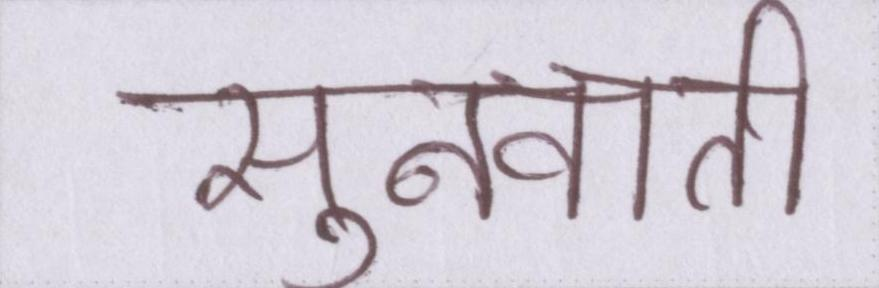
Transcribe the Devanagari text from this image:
सुनवाती